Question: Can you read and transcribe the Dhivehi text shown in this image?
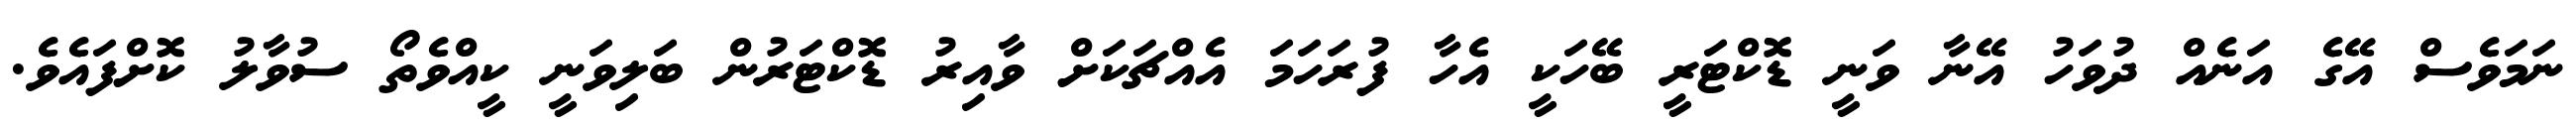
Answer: ނަމަވެސް އޭގެ އަނެއް ދުވަހު އޭނާ ވަނީ ޑޮކްޓަރީ ބޭހަކީ އެހާ ފުރަހަމަ އެއްޗަކަށް ވާއިރު ޑޮކްޓަރުން ބަލިވަނީ ކީއްވެތޯ ސުވާލު ކޮށްފައެވެ.